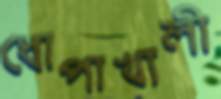
ধোপাখালী